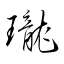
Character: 瓏